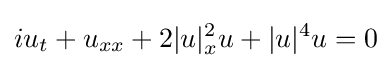
iu_{t}+u_{xx}+2|u|_{x}^{2}u+|u|^{4}u=0